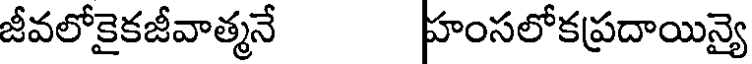
జీవలోకైకజీవాత్మనే హంసలోకప్రదాయిన్యై